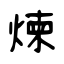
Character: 煉